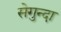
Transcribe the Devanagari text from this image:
सेगुन्दा